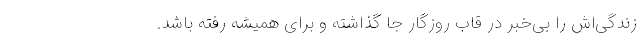
زندگی‌اش را بی‌خبر در قاب روزگار جا گذاشته و برای همیشه رفته باشد.